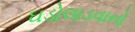
ઘડોલાડવાનો